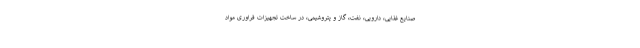
صنایع غذایی، دارویی، نفت، گاز و پتروشیمی، در ساخت تجهیزات فراوری مواد